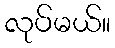
လုပ်မယ်။